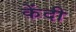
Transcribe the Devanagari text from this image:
केंदी